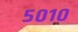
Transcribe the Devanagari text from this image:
५०१०